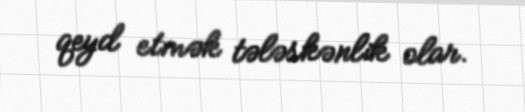
qeyd etmək tələskənlik olar.